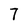
Character: 7